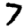
Digit: 7